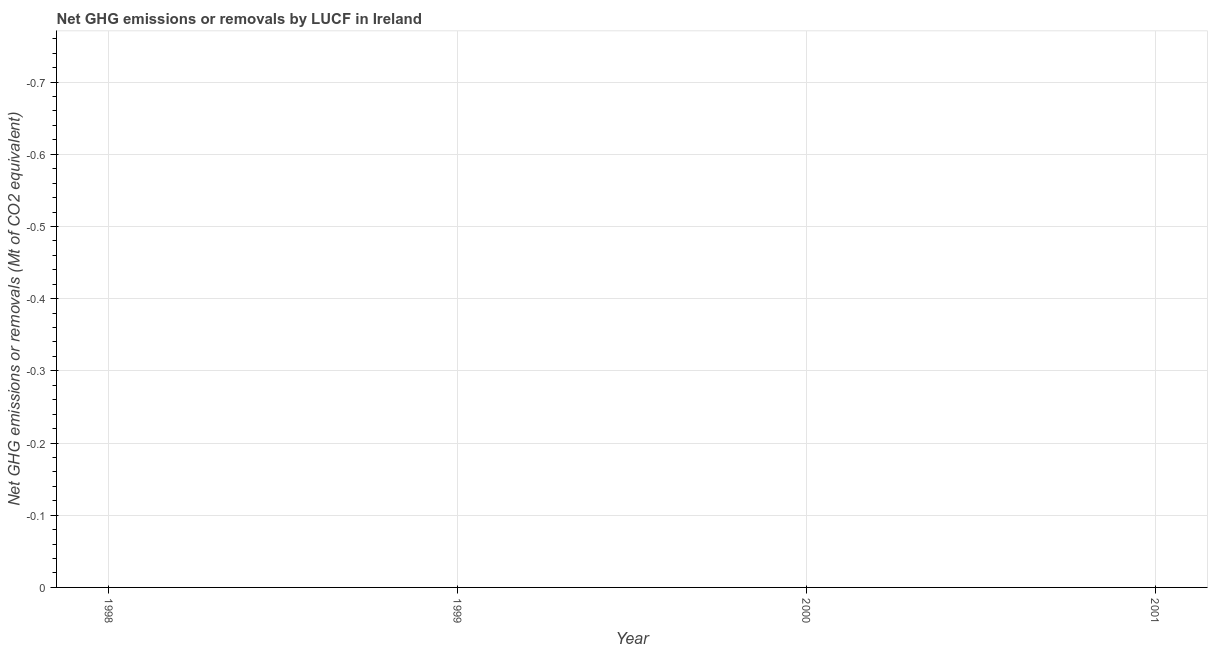
| Year | GHG net emissions or removals |
 | --- | --- |
 | 1998 | -1.13 |
 | 1999 | -1.08 |
 | 2000 | -0.788 |
 | 2001 | -0.891 |